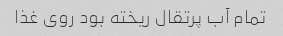
تمام آب پرتقال ریخته بود روی غذا